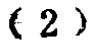
-2